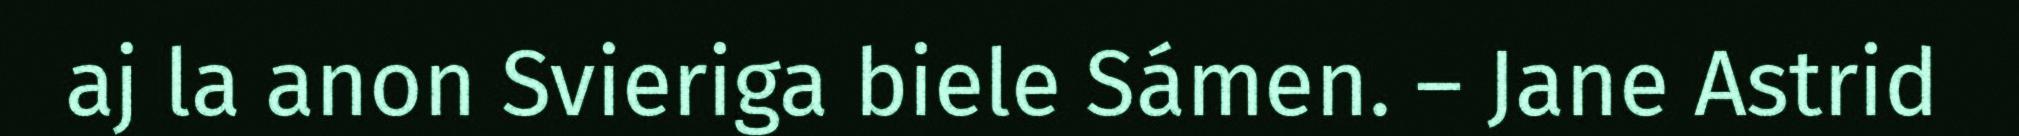
aj la anon Svieriga biele Sámen. – Jane Astrid